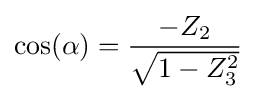
\cos(\alpha )={\frac {-Z_{2}}{\sqrt {1-Z_{3}^{2}}}}